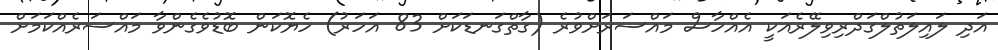
އަދި ލައިލަތުލްގަދްރިވިލޭރެއަކީ އެއްހާސް މައްސަރަށްވުރެ (ގާތްގަނޑަކަށް 83 އަހަރު) ހެޔޮކަން ބޮޑުވެގެންވާ މައްސަރެއްކަމަށް